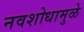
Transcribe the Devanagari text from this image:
नवशोधामुळे